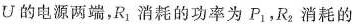
U的电源两端，R_{1} 消耗的功率为P_{1} ，R_{2} 消耗的